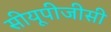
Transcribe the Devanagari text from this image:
सीयूपीजीसी